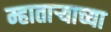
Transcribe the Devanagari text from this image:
म्हाताऱ्याच्या